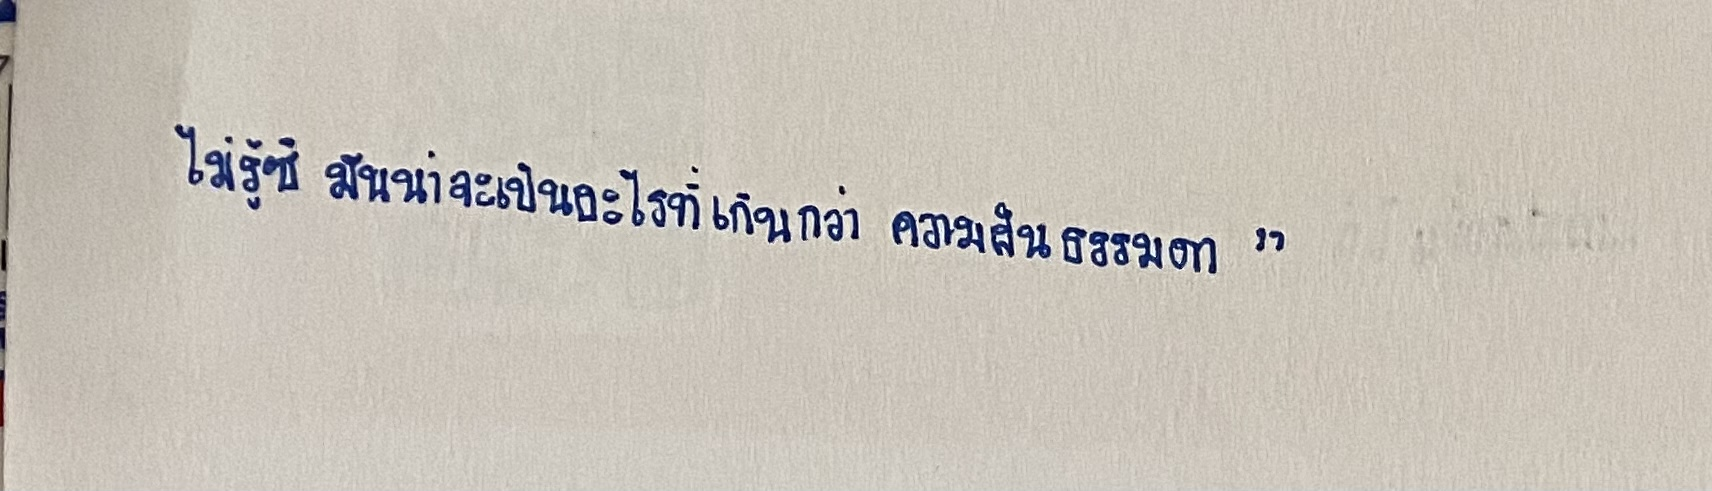
ไม่รู้ซิมันน่าจะเป็นอะไรที่เกินกว่าความฝันธรรมดา"